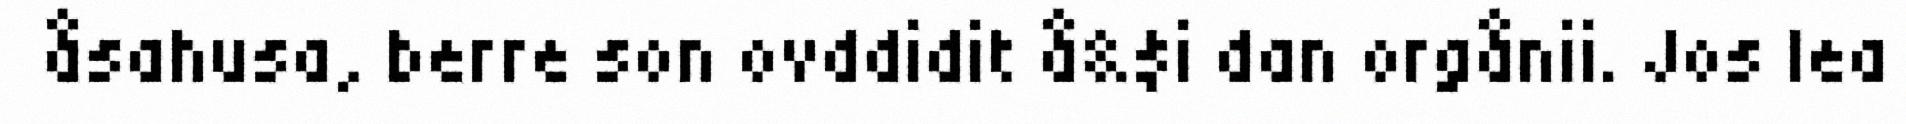
åsahusa, berre son ovddidit å&$i dan orgånii. Jos lea